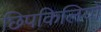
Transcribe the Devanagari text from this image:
छिपकिलियों